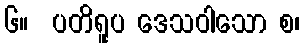
၆။  ပတိရူပ ဒေသဝါသော စ၊